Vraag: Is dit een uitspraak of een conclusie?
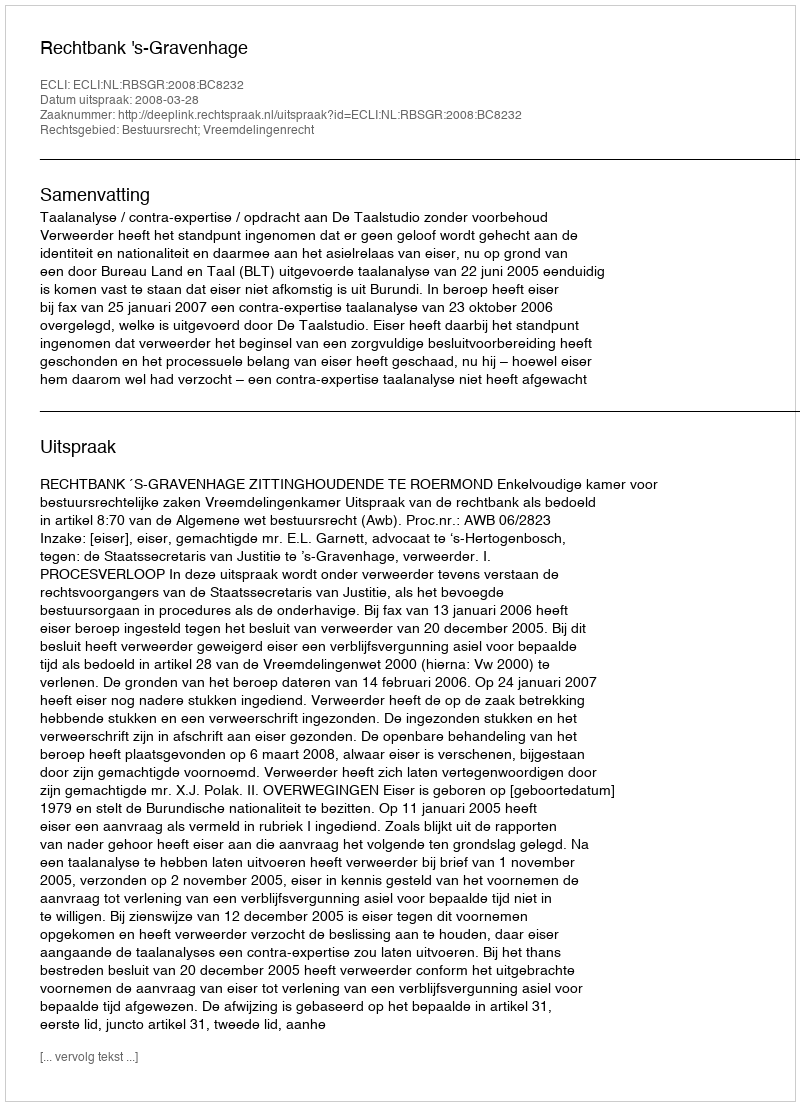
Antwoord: Uitspraak